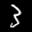
Label: 3